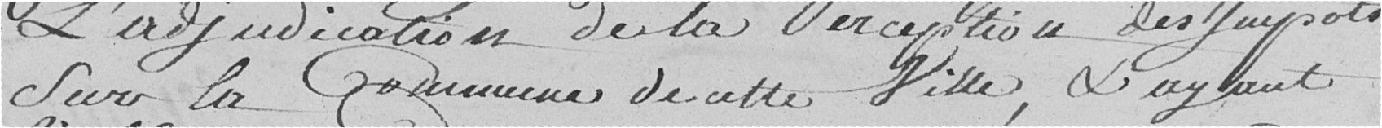
l'adjudication de la perception des impôts